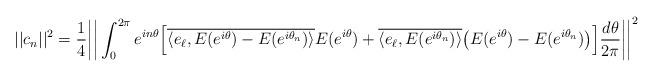
LaTeX: \begin{align*}\vert\vert c_n \vert\vert^2 =\frac{1}{4}\bigg\vert\bigg\vert\int_{0}^{2\pi}e^{in\theta}\Big[\overline{\langle e_\ell, E(e^{i\theta})-E(e^{i\theta_n}) \rangle} E(e^{i\theta})+\overline{\langle e_\ell, E(e^{i\theta_n})\rangle}\big(E(e^{i\theta})-E(e^{i\theta_n})\big)\Big]\frac{d\theta}{2\pi}\bigg\vert\bigg\vert^2\end{align*}